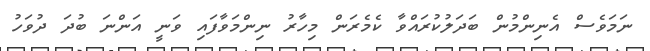
ނަމަވެސް އެނިންމުން ބަދަލުކުރައްވާ ކެމެރަން މިހާރު ނިންމަވާފައި ވަނީ އަންނަ ބުދަ ދުވަހު